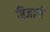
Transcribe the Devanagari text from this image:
बिजाणे